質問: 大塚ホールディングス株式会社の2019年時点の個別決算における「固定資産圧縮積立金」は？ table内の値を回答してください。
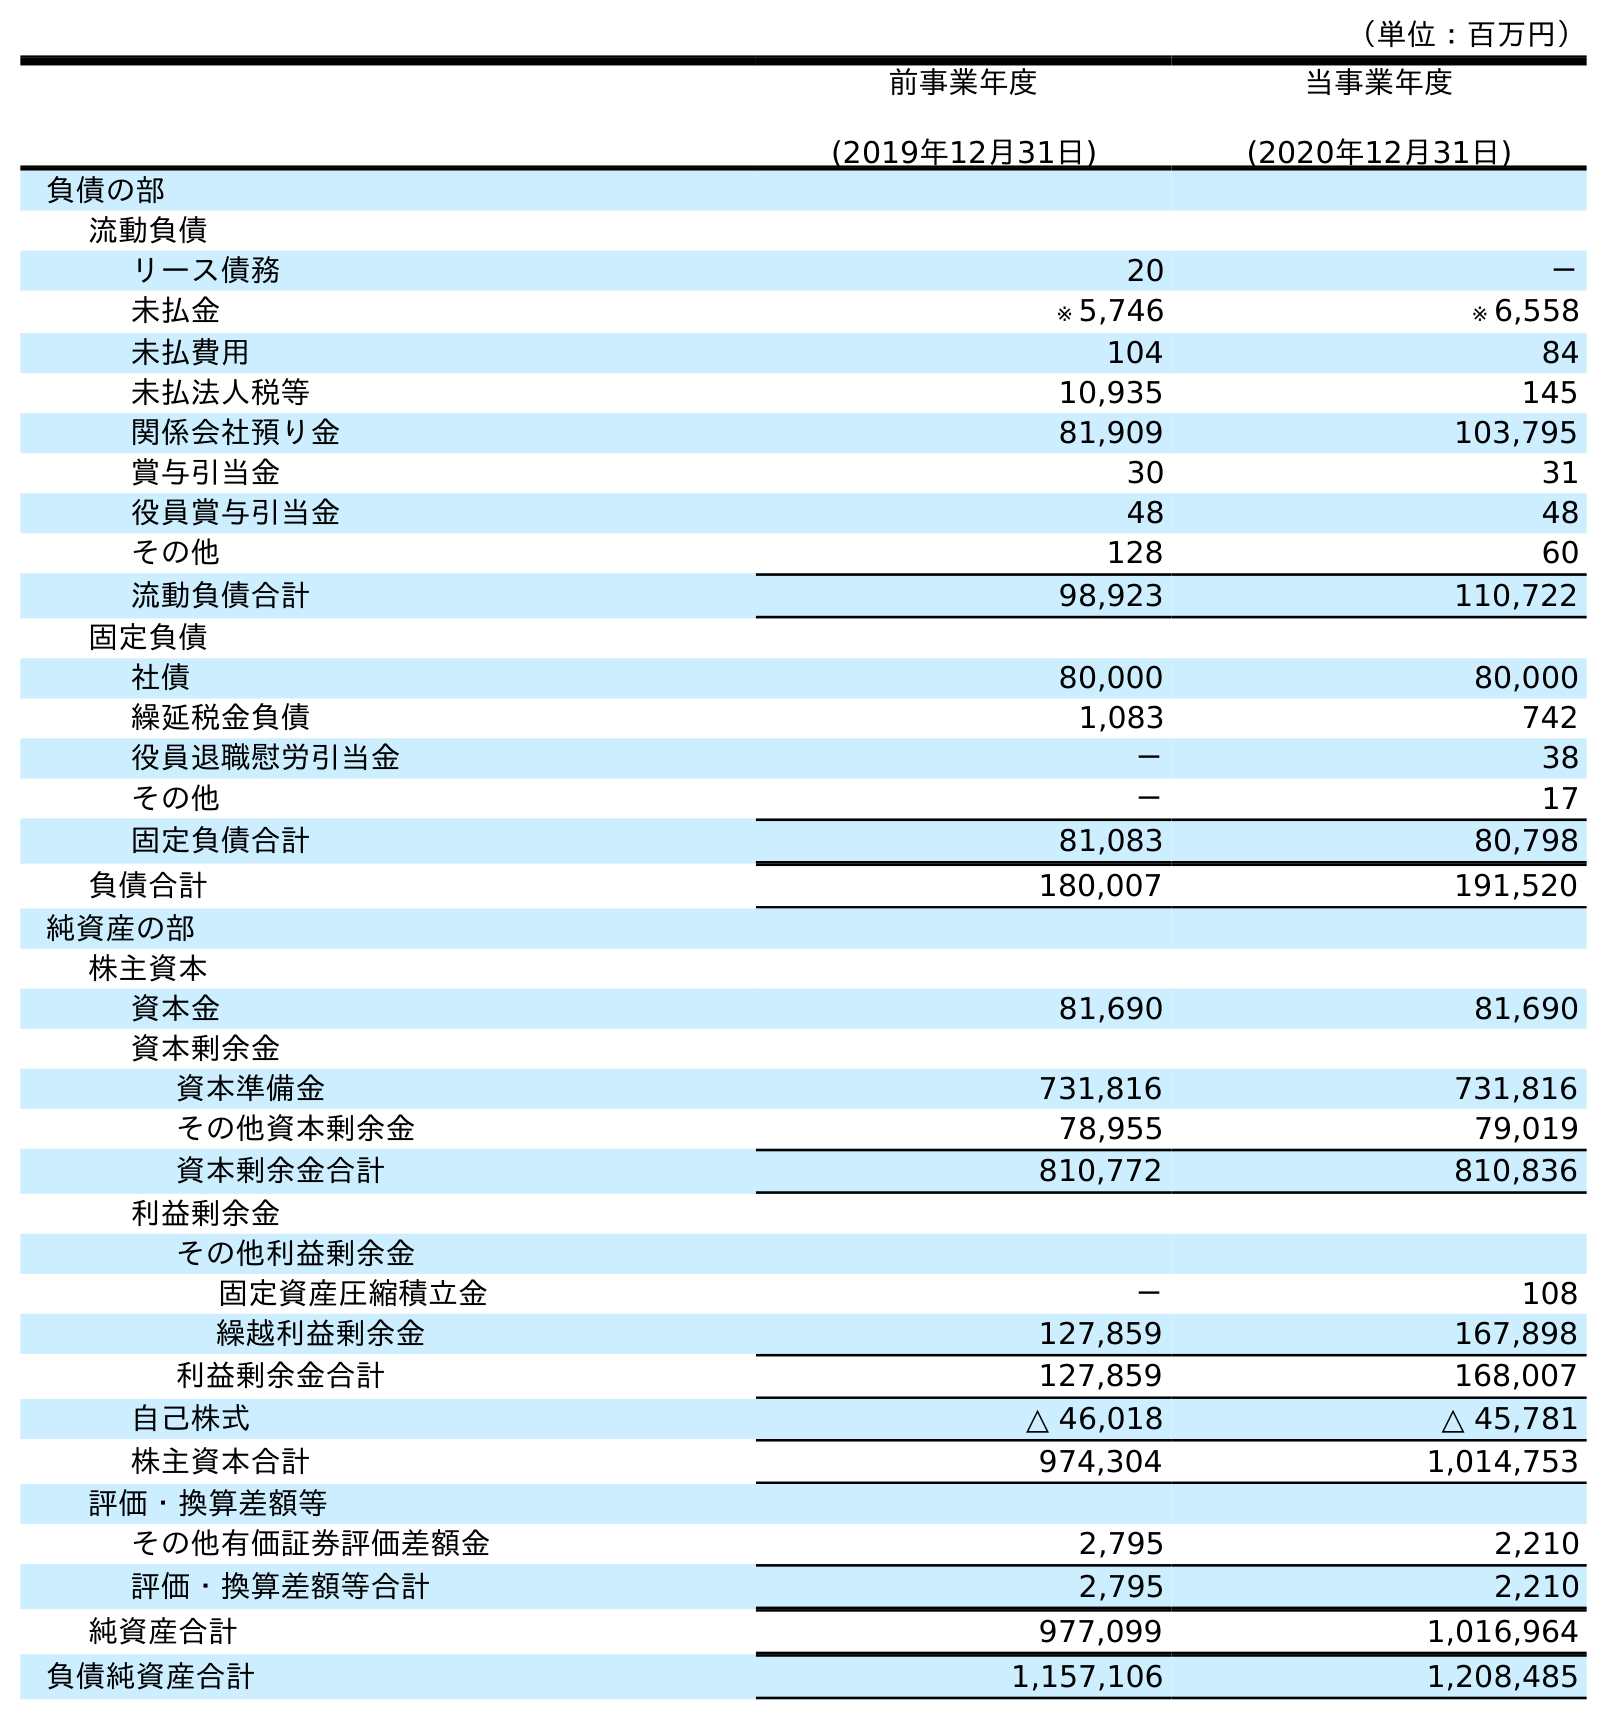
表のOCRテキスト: （単位：百万円） 前事業年度 (2019年12月31日) 当事業年度 (2020年12月31日) 負債の部 流動負債 リース債務 20 － 未払金 ※ 5,746 ※ 6,558 未払費用 104 84 未払法人税等 10,935 145 関係会社預り金 81,909 103,795 賞与引当金 30 31 役員賞与引当金 48 48 その他 128 60 流動負債合計 98,923 110,722 固定負債 社債 80,000 80,000 繰延税金負債 1,083 742 役員退職慰労引当金 － 38 その他 － 17 固定負債合計 81,083 80,798 負債合計 180,007 191,520 純資産の部 株主資本 資本金 81,690 81,690 資本剰余金 資本準備金 731,816 731,816 その他資本剰余金 78,955 79,019 資本剰余金合計 810,772 810,836 利益剰余金 その他利益剰余金 固定資産圧縮積立金 － 108 繰越利益剰余金 127,859 167,898 利益剰余金合計 127,859 168,007 自己株式 △ 46,018 △ 45,781 株主資本合計 974,304 1,014,753 評価・換算差額等 その他有価証券評価差額金 2,795 2,210 評価・換算差額等合計 2,795 2,210 純資産合計 977,099 1,016,964 負債純資産合計 1,157,106 1,208,485
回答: －